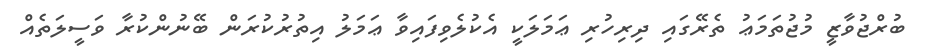
ބުރްޖުވާޒީ މުޖުތަމަޢު ތެރޭގައި ދިރިހުރި ޢަމަލަކީ އެކުލެވިފައިވާ ޢަމަލު އިތުރުކުރަން ބޭނުންކުރާ ވަސީލަތެއް